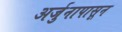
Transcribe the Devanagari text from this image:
अर्जुनापासून